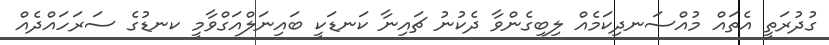
ގުދުރަތީ އެތައް މުއްސަނދިކަމެއް ލިބިގެންވާ ދެކުނު ޗައިނާ ކަނޑަކީ ބައިނަލްއަގްވާމީ ކނޑުގެ ސަރަހައްދެއް